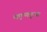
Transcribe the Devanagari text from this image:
कृष्‍णपूजा